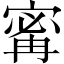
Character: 寗